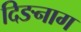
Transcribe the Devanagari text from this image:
दिङनाग